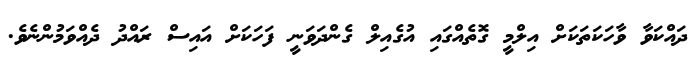
ދައްކަވާ ވާހަކަތަކަށް އިލްމީ ގޮތެއްގައި އުގެއިލް ގެންދަވަނީ ފަހަކަށް އައިސް ރައްދު ދެއްވަމުންނެވެ.